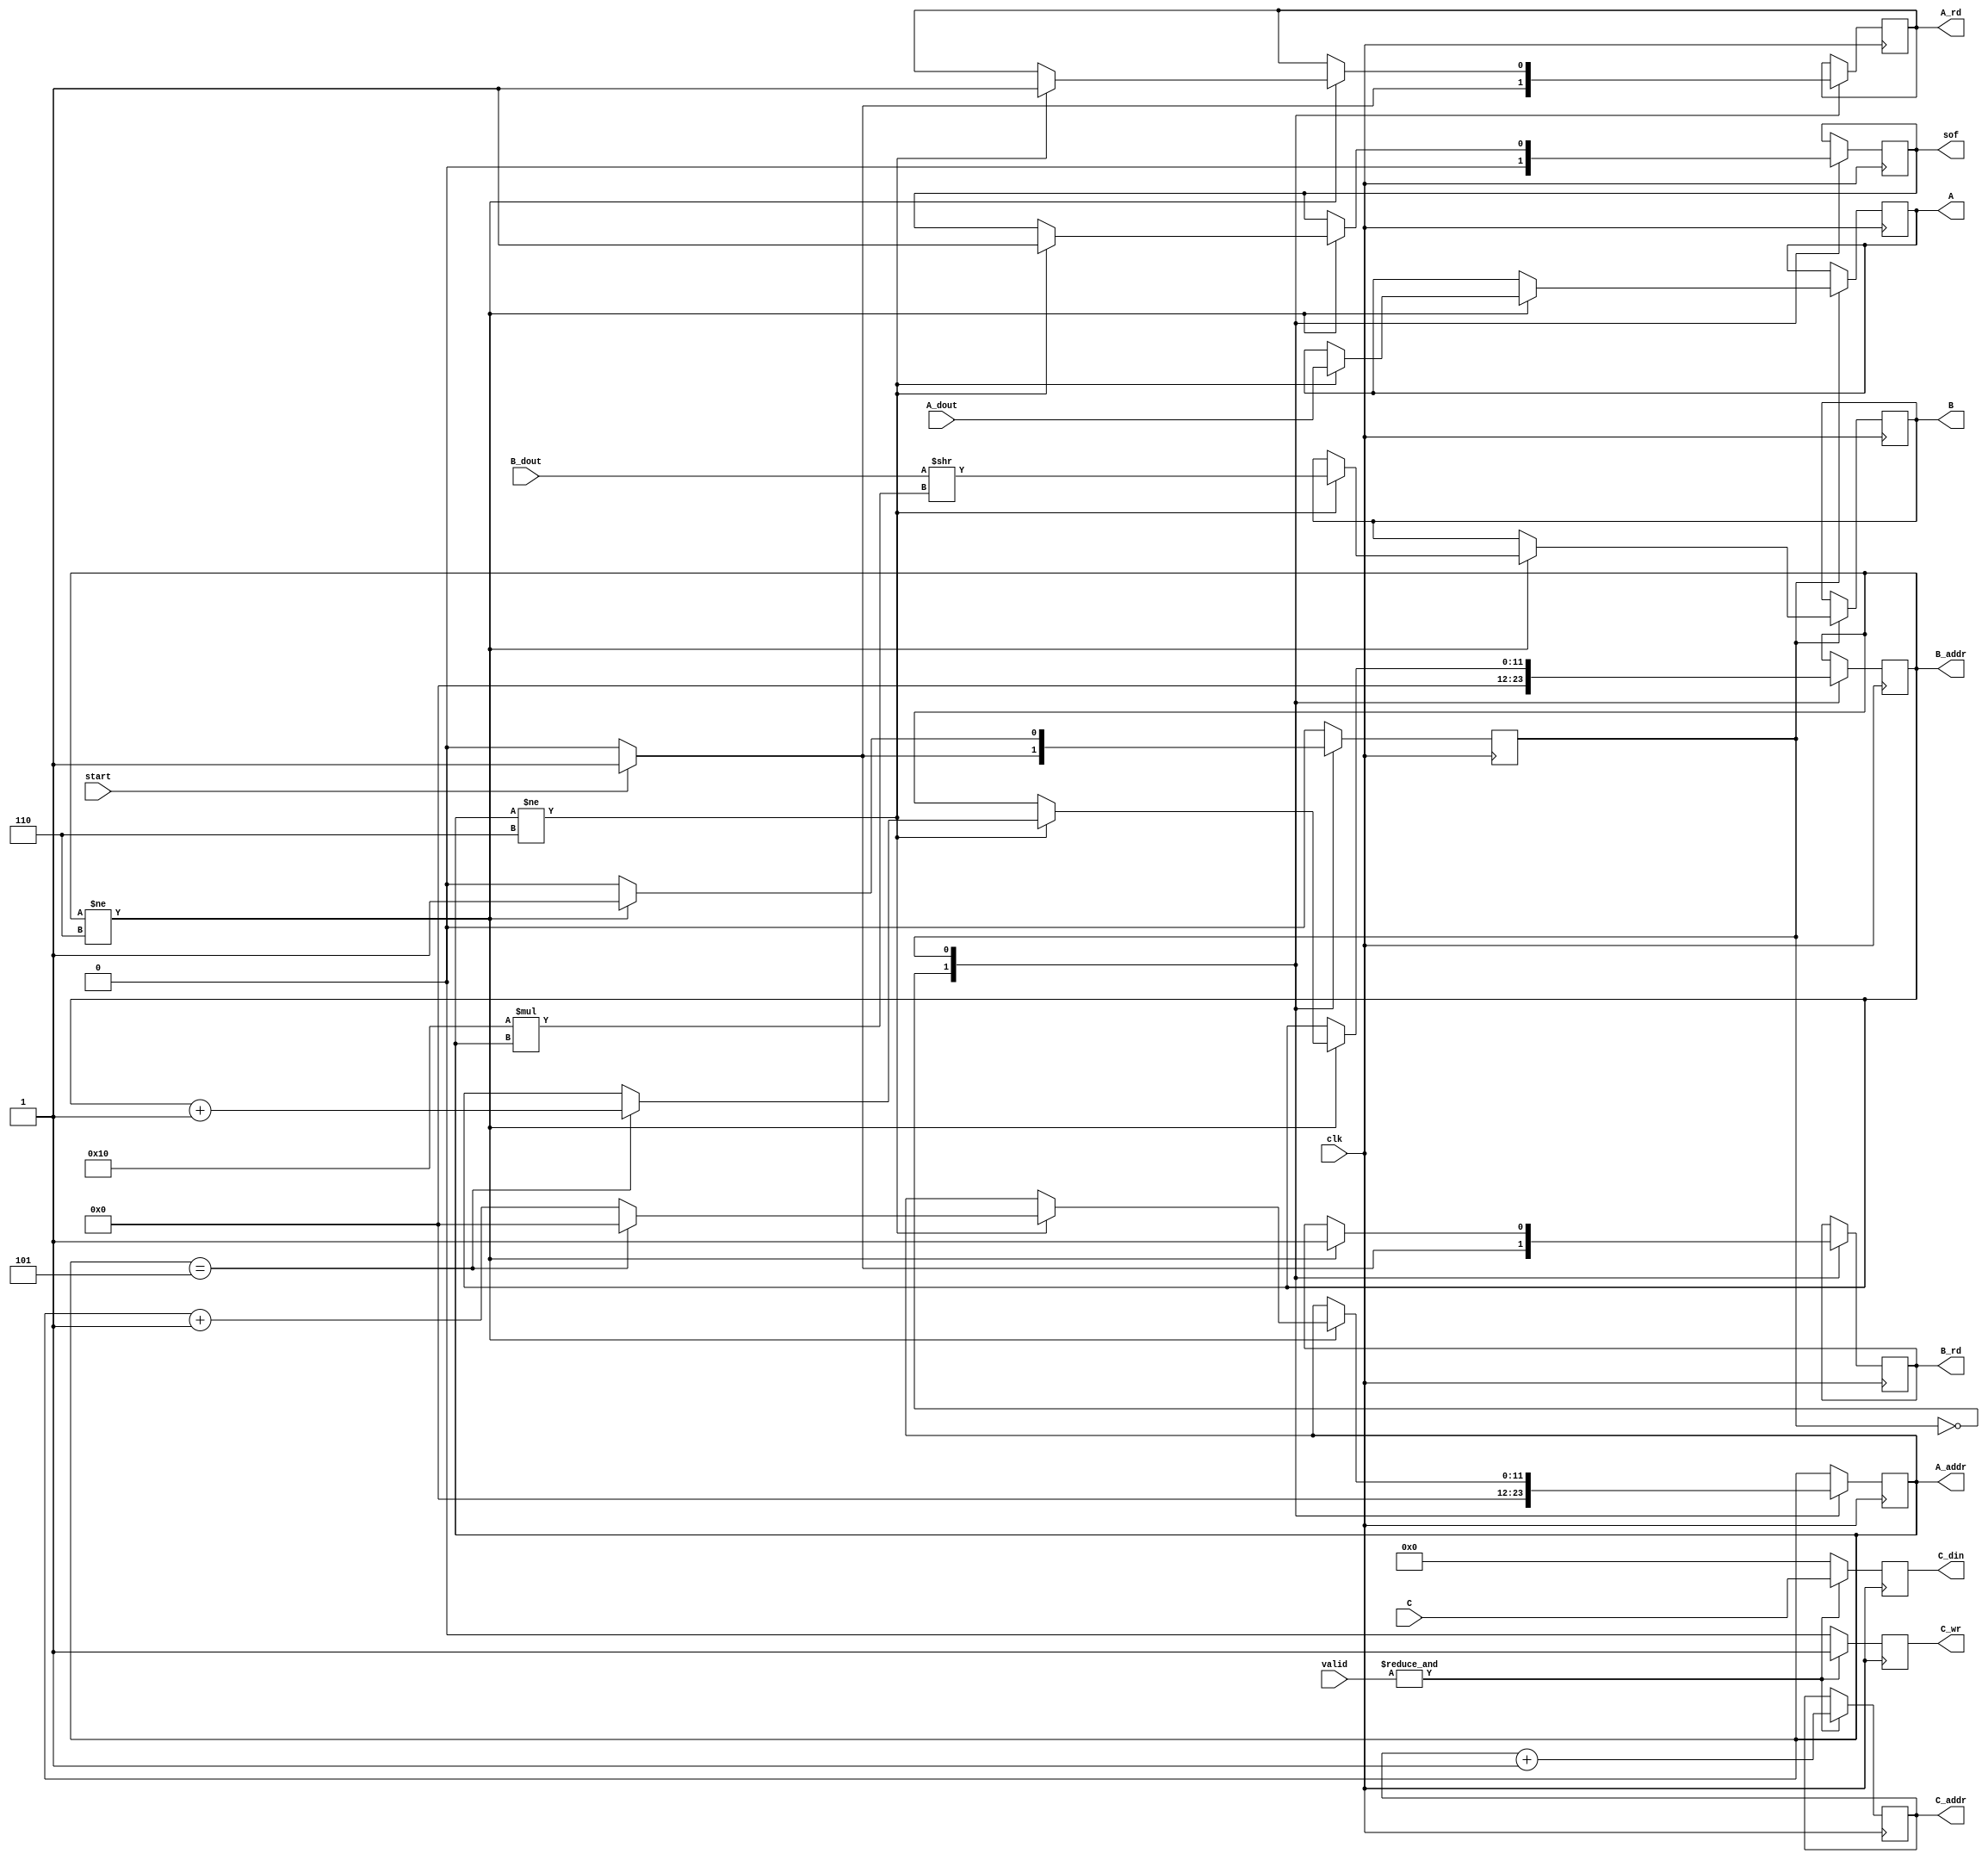
module DMA_Controller #(
	parameter N				= 6,
	parameter WIDTH		= 16,
	parameter ADDR			= 12,
	parameter M_WIDTH		= 2*WIDTH+N-1
)(
	input 								clk,
	input									start,
	// MATRIX MEMORY A
	output reg			 				A_rd,
	output reg	[ADDR-1:0]			A_addr,
	input		  	[N*WIDTH-1:0] 		A_dout,
	// MATRIX MEMORY B
	output reg			 				B_rd,
	output reg 	[ADDR-1:0] 			B_addr,
	input		  	[N*WIDTH-1:0] 		B_dout,
	// MATRIX MEMORY C
	output reg 			 				C_wr,
	output reg 	[ADDR-1:0] 			C_addr,
	output reg 	[N*M_WIDTH-1:0] 	C_din,
	// MAC BASE INTERFACE
	output reg							sof,
	output reg 	[N*WIDTH-1:0] 		A,
	output reg 	[WIDTH-1:0] 		B,
	input 	  	[N*M_WIDTH-1:0] 	C,
	input 	  	[N-1:0]				valid
);

reg state;

parameter 
	IDLE  = 1'b0,
	FETCH   = 1'b1;

initial begin
	A <= 0;
	B <= 0;
	sof <= 1'b0;
	state <= IDLE;
	A_rd <= 1'b0;
	B_rd <= 1'b0;
	C_wr <= 1'b0;
	A_addr <= 0;
	B_addr <= 0;
	C_addr <= 0;
	C_din <= 0;
end
	
always@(posedge clk) begin
	case(state)
		IDLE: begin
			A_addr <= 0;
			B_addr <= 0;
			A_rd <= 1'b0;
			B_rd <= 1'b0;
			sof <= 1'b0;
			if(start) begin
				A_addr <= 0;
				B_addr <= 0;
				A_rd <= 1'b1;
				B_rd <= 1'b1;
				sof <= 1'b0;
				state <= FETCH;
			end
		end
		FETCH: begin
			if(B_addr!= N) begin
				B_rd <= 1'b1; 
				if(A_addr != N) begin
					A_rd <= 1'b1;
					A_addr <= A_addr + 1;
					A <= A_dout;
					B <= (B_dout >> WIDTH*A_addr); 
					sof <= 1'b1;
					if(A_addr == N-1) begin
						B_addr <= B_addr + 1;
						A_addr <= 0;
					end
					if(A_addr == 0) begin
					//	sof <= 1'b0;
					end
				end
			end
			else
				state <= IDLE;
		end
	endcase
end

always@(posedge clk) begin
	if(&valid) begin
		C_wr <= 1'b1;
		C_addr <= C_addr + 1; 
		C_din <= C;
	end
	else begin
		C_wr <= 1'b0; 
		C_din <= 0;
	end
end

/*genvar i;
generate for (i = 0; i < N; i = i + 1) begin
	always@(posedge clk) begin
	if(valid[i]) begin
		C_wr <= 1'b1;
		C_addr <= C_addr + 1; 
		C_din <= C_din && M_WIDTH{1'b1};
	end
end endgenerate
*/	
endmodule